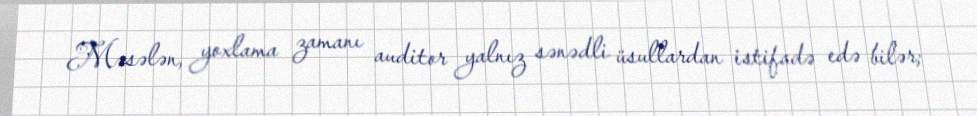
Məsələn, yoxlama zamanı auditor yalnız sənədli üsullardan istifadə edə bilər;